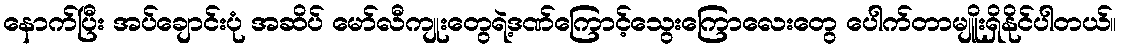
နောက်ပြီး အပ်ချောင်းပုံ အဆိပ် မော်လီကျုးတွေရဲ့ဒဏ်ကြောင့်သွေးကြောလေးတွေ ပေါက်တာမျိူးရှိနိုင်ပါတယ်။